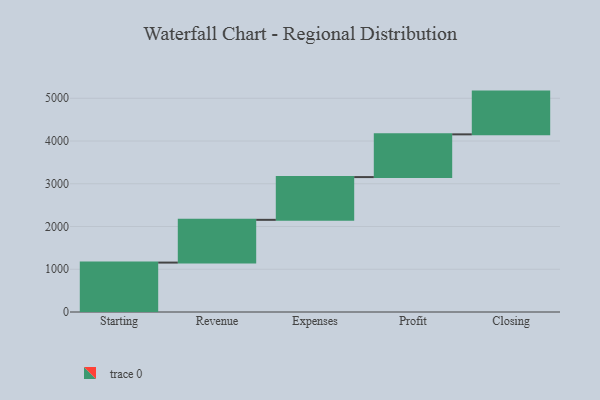
{"axis": {"x": "Step", "y": "Value"}, "legend": [""], "data": [{"x": "Starting", "y": 1156.0, "type": ""}, {"x": "Revenue", "y": 1000, "type": ""}, {"x": "Expenses", "y": 1000, "type": ""}, {"x": "Profit", "y": 1000, "type": ""}, {"x": "Closing", "y": 1000, "type": ""}]}